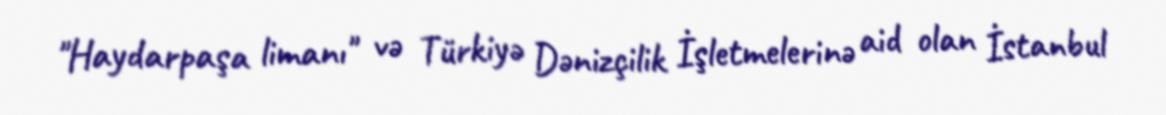
"Haydarpaşa limanı" və Türkiyə Dənizçilik İşletmelerinə aid olan İstanbul